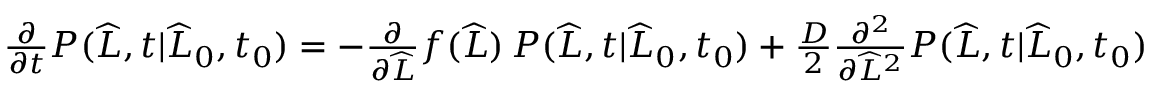
\begin{array} { r } { \frac { \partial } { \partial t } P ( \widehat { L } , t | \widehat { L } _ { 0 } , t _ { 0 } ) = - \frac { \partial } { \partial \widehat { L } } f ( \widehat { L } ) \, P ( \widehat { L } , t | \widehat { L } _ { 0 } , t _ { 0 } ) + \frac { D } { 2 } \frac { \partial ^ { 2 } } { \partial \widehat { L } ^ { 2 } } P ( \widehat { L } , t | \widehat { L } _ { 0 } , t _ { 0 } ) } \end{array}